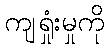
ကျရှုံးမှုကို